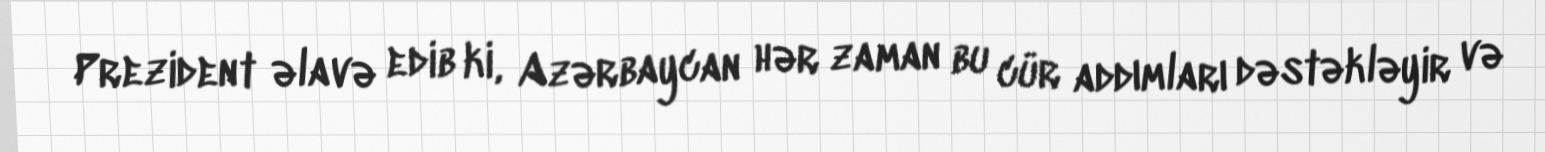
Prezident əlavə edib ki, Azərbaycan hər zaman bu cür addımları dəstəkləyir və